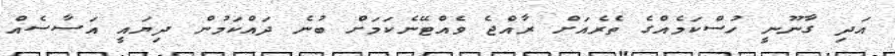
އަދި ގާނޫނީ ހުސްކަމެއްގެ ތެރެއަށް ރާއްޖެ ވެއްޓޭނެކަމަށް ބުނެ ދައްކަމުން ދިޔައީ އަސާސެއް